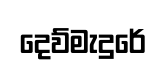
දෙව්මැදුරේ